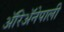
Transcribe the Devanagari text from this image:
ॲरिॲनेपाली